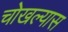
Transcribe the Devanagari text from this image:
चोखल्यास